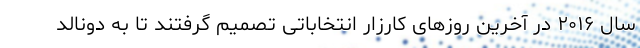
سال ۲۰۱۶ در آخرین روزهای کارزار انتخاباتی تصمیم گرفتند تا به دونالد